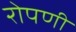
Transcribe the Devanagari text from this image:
रोपणी